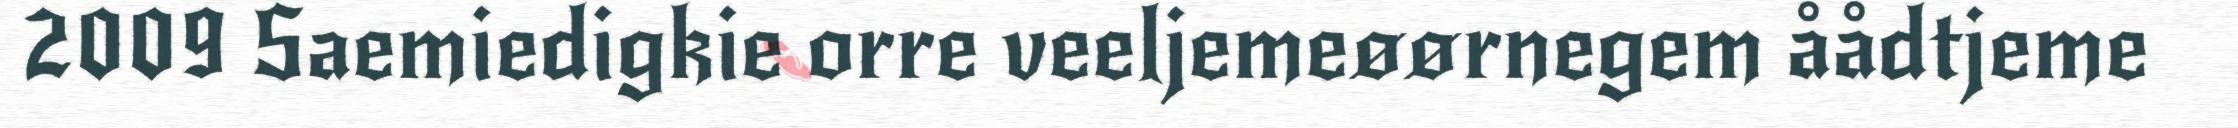
2009 Saemiedigkie orre veeljemeøørnegem åådtjeme